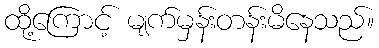
ထို့ကြောင့် မျက်မှန်းတန်းမိနေသည်။